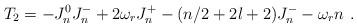
LaTeX: \begin{align*}T_2 = -J^0_n J^-_n + 2\omega_r J^+_n - (n/2+2l+2) J^-_n - \omega_r n \ .\end{align*}